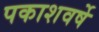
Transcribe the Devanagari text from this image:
पकाशवर्षे